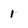
Character: 1